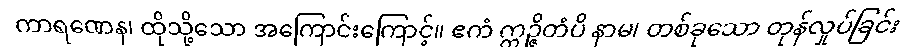
ကာရဏေန၊ ထိုသို့သော အကြောင်းကြောင့်။ ဧကံ ဣဉ္ဇိတံပိ နာမ၊ တစ်ခုသော တုန်လှုပ်ခြင်း